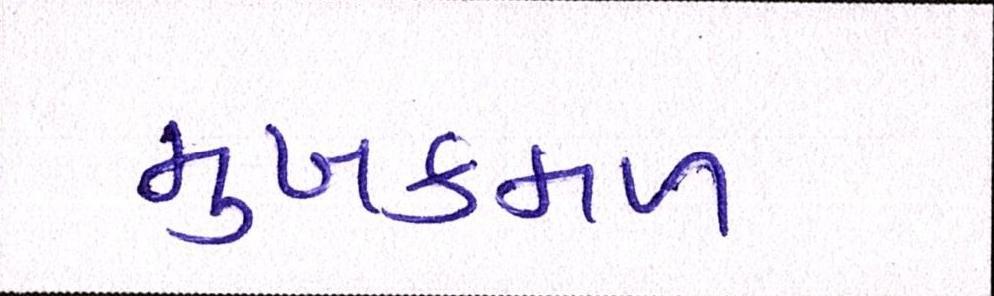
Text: મુખકમળ